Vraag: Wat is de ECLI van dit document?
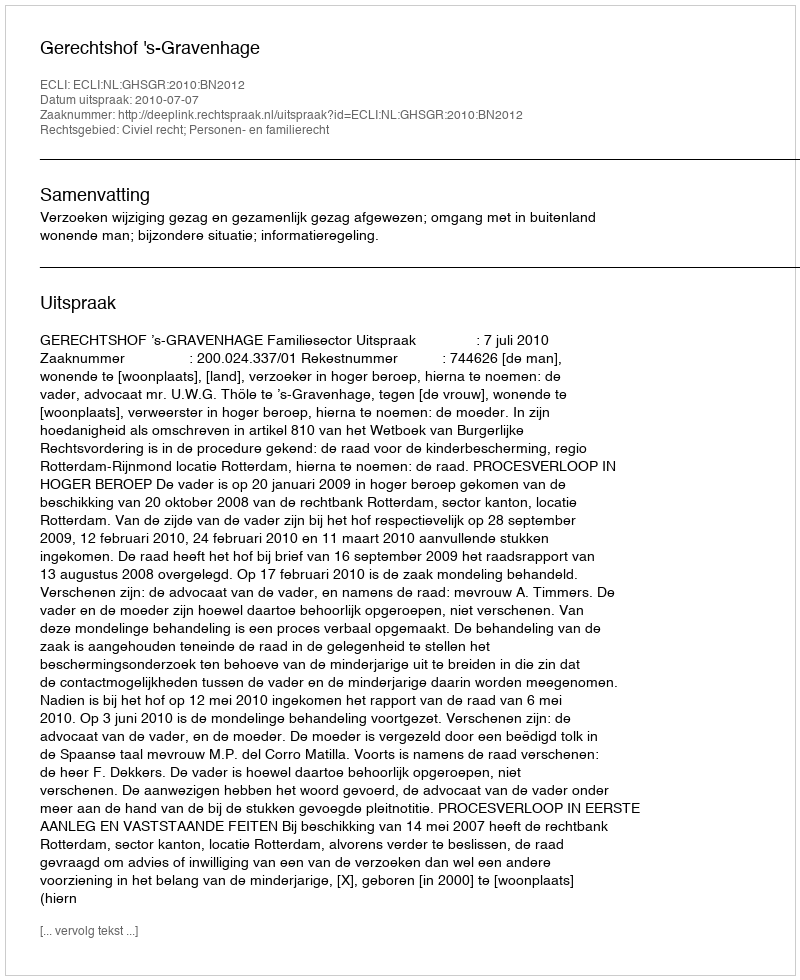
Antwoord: ECLI:NL:GHSGR:2010:BN2012